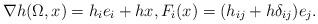
LaTeX: \begin{align*}\nabla h(\Omega,x)=h_{i}e_{i}+hx, F_{i}(x)=(h_{ij}+h\delta_{ij})e_{j}.\end{align*}